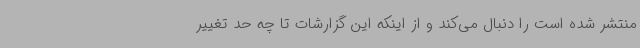
منتشر شده است را دنبال می‌کند و از اینکه این‌ گزارشات تا چه حد تغییر